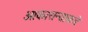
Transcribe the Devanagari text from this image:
आकारान्ताकडे